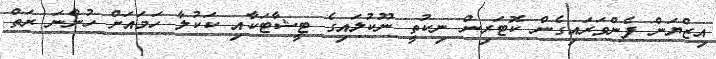
އިޒްޔަން ފެންވަރައިގެން ކޮޓަރިން ނިކުތީ ނޫކުލައިގެ ޓީޝާޓަކާއި ކަކުލާ ހަމައަށް ހުންނަ ރަތް